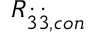
R _ { \dot { 3 } \dot { 3 } , c o n }